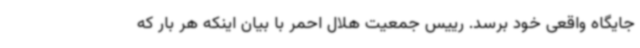
جایگاه واقعی خود برسد. رییس جمعیت هلال احمر با بیان اینکه هر بار که